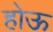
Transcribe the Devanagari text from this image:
होऊ